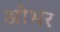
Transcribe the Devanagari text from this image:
ओभर